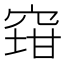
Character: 𱷄